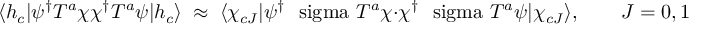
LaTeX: \langle h _ { c } | \psi ^ { \dagger } T ^ { a } \chi \chi ^ { \dagger } T ^ { a } \psi | h _ { c } \rangle \; \approx \; \langle \chi _ { c J } | \psi ^ { \dagger } \mathrm { \boldmath ~ \ s i g m a ~ } T ^ { a } \chi \cdot \chi ^ { \dagger } \mathrm { \boldmath ~ \ s i g m a ~ } T ^ { a } \psi | \chi _ { c J } \rangle , \qquad J = 0 , 1 , 2 .